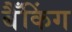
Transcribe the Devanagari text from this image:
बैँकिंग